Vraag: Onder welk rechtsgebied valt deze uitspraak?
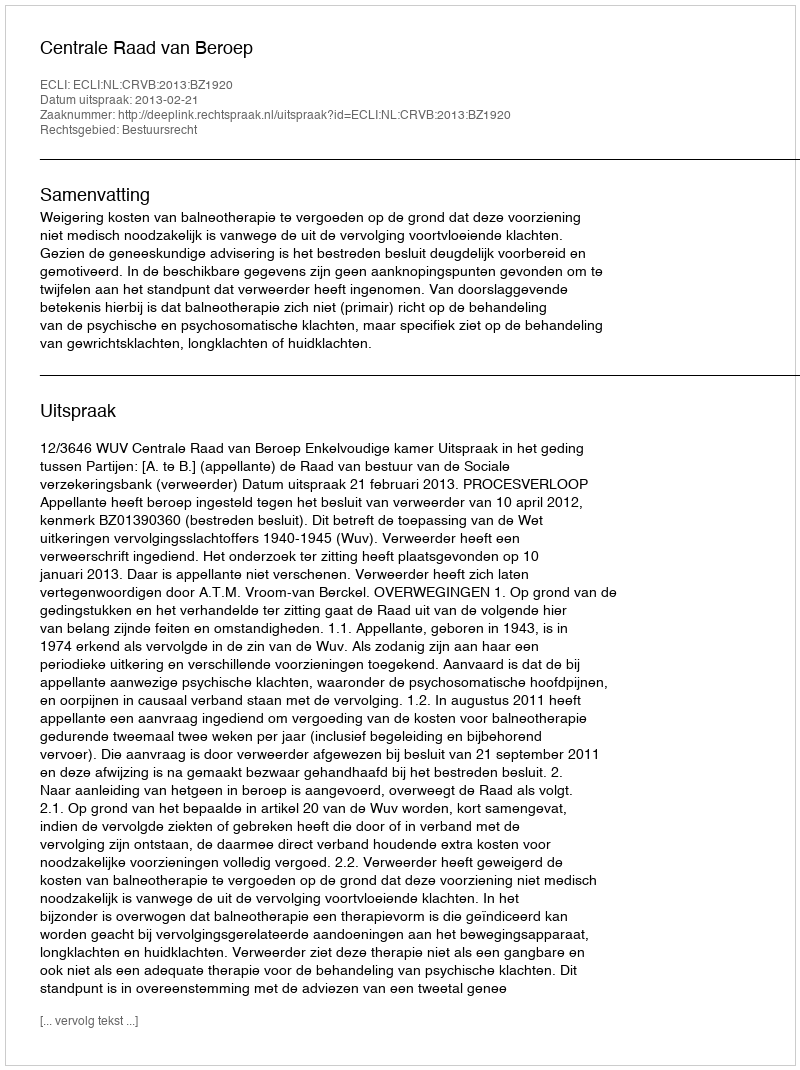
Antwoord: Bestuursrecht